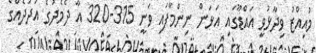
މުއިއްޒު ވިދާޅުވީ އައްޑޫގައި އަޅަން ނިންމާފައި ވަނީ 315-320 އާ ދެމެދުގެ އަދަދެއްގެ